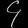
Digit: ၄